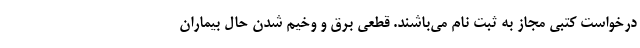
درخواست کتبی مجاز به ثبت نام می‌باشند. قطعی برق و وخیم شدن حال بیماران